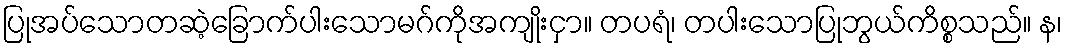
ပြုအပ်သောတဆဲ့ခြောက်ပါးသောမဂ်ကိုအကျိုးငှာ။ တပရံ၊ တပါးသောပြုဘွယ်ကိစ္စသည်။ န၊